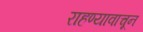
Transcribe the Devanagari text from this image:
राहण्यावाचून